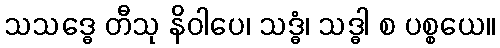
သသဒ္ဓေ တီသု နိဝါပေ၊ သဒ္ဓံ၊ သဒ္ဓါ စ ပစ္စယေ။